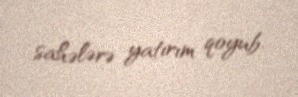
sahələrə yatırım qoyub.